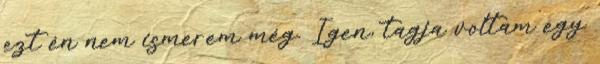
ezt én nem ismerem még. Igen, tagja voltam egy